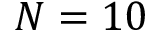
N = 1 0